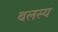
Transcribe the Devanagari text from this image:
बलस्य